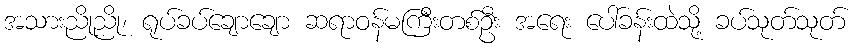
အသားညိုညို၊ ရုပ်ခပ်ချောချော ဆရာဝန်မကြီးတစ်ဦး အရေး ပေါ်ခန်းထဲသို့ ခပ်သုတ်သုတ်